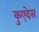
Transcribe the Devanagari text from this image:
कुएदेस